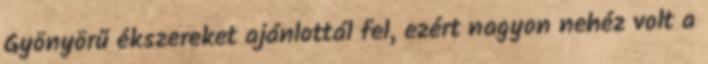
Gyönyörű ékszereket ajánlottál fel, ezért nagyon nehéz volt a